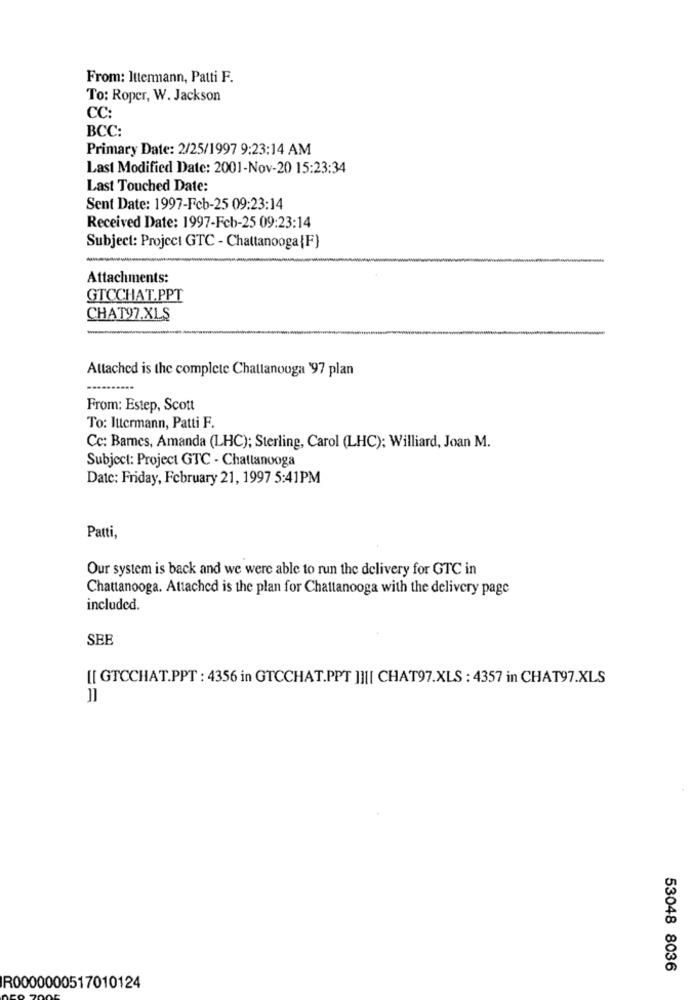
From: Ittermann, Patti F.
To: Roper, W. Jackson
CC:
BCC:
Primary Date: 2/25/1997 9:23:14 AM
Last Modified Date: 2001-Nov-20 15:23:34
Last Touched Date:
Sent Date: 1997-Feb-25 09:23:14
Received Date: 1997-Feb-25 09:23:14
Subject: Project GTC - Chattanooga{F}
Attachments:
GTCCHAT.PPT
CHAT97.XLS
Attached is the complete Chattanooga '97 plan
From: Estep, Scott
To: Ittermann, Patti F.
Cc: Barnes, Amanda (LHC); Sterling, Carol (LHC); Williard, Joan M.
Subject: Project GTC - Chattanooga
Date: Friday, February 21, 1997 5:41PM
Patti,
Our system is back and we were able to run the delivery for GTC in
Chattanooga. Attached is the plan for Chattanooga with the delivery page
included.
SEE
[[ GTCCHAT.PPT : 4356 in GTCCHAT.PPT ]]|| CHAT97.XLS : 4357 in CHAT97.XLS
53048 8036
R0000000517010124